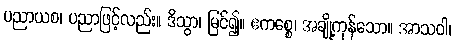
ပညာယစ၊ ပညာဖြင့်လည်း။ ဒိသွာ၊ မြင်၍။ ဧကစ္စေ၊ အချို့ကုန်သော။ အာသဝါ၊